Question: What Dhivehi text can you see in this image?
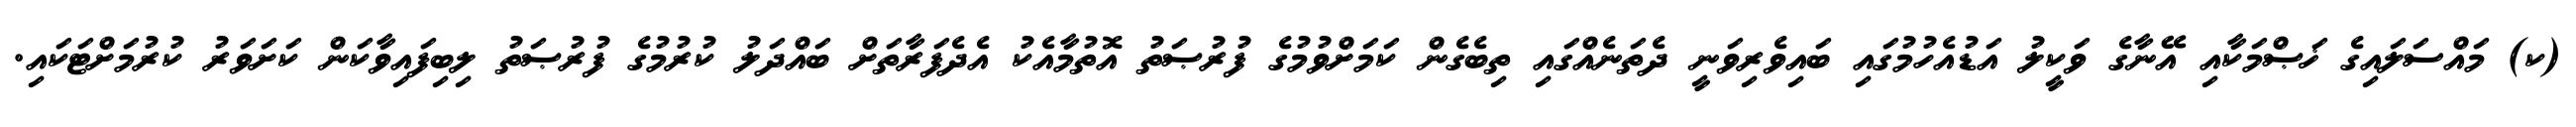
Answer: (ކ) މައްސަލައިގެ ޚަޞްމަކާއި އޭނާގެ ވަކީލު އަޑުއެހުމުގައި ބައިވެރިވަނީ ދެތަނެއްގައި ތިބެގެން ކަމަށްވުމުގެ ފުރުޞަތު އޮތުމާއެކު އެދެފަރާތަށް ބައްދަލު ކުރުމުގެ ފުރުޞަތު ލިބިފައިވާކަން ކަށަވަރު ކުރުމަށްޓަކައި.